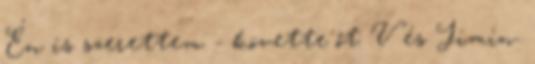
Én is szerettem - követte őt V és Jimin.